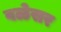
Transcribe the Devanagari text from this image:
वळेसर